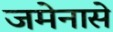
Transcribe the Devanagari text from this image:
जमेनासे